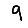
Digit: 9